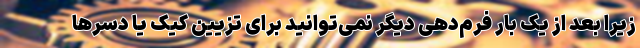
زیرا بعد از یک بار فرم‌دهی دیگر نمی‌توانید برای تزیین کیک یا دسر‌ها